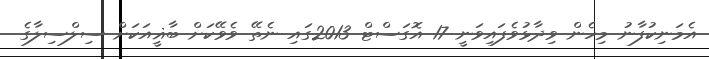
އެމަނިކުފާނު މިހެން ވިދާޅުވެފައިވަނީ 17 އޮގަސްޓް 2013ގައި ނެތޭ ވެވޭކަށް ބާޣީއަކަށް ސިލްސިލާގެ